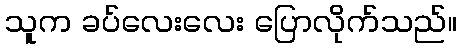
သူက ခပ်လေးလေး ပြောလိုက်သည်။